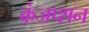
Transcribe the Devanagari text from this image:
कंजप्शन